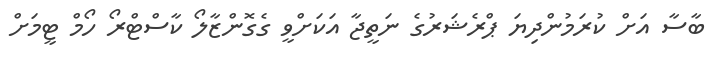
ބާސާ އަށް ކުރަމުންދިޔަ ޕްރެޝަރުގެ ނަތީޖާ އަކަށްވީ ގެގޮންޒާލޯ ކާސްޓްރޯ ހޯމް ޓީމަށް